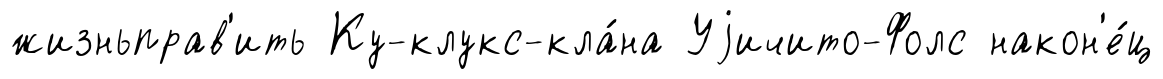
жизньправ'ить Ку-клукс-кла́на Уjичито-Фолс након'е́ц